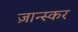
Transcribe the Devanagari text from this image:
ज़ान्स्कर